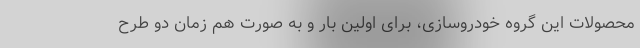
محصولات این گروه خودروسازی، برای اولین بار و به صورت هم زمان دو طرح